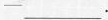
—___.